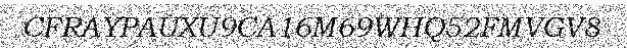
CFRAYPAUXU9CA16M69WHQ52FMVGV8